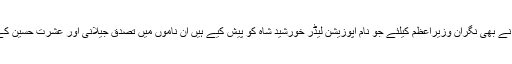
تحریک انصاف نے بھی نگران وزیراعظم کیلئے جو نام اپوزیشن لیڈر خورشید شاہ کو پیش کیے ہیں ان ناموں میں تصدق جیلانی اور عشرت حسین کے نام شامل ہیں ۔